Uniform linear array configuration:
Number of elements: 12
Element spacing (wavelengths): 1
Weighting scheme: uniform
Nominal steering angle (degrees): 60
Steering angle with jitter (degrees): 59.663
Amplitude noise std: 0.05
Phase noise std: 0.05

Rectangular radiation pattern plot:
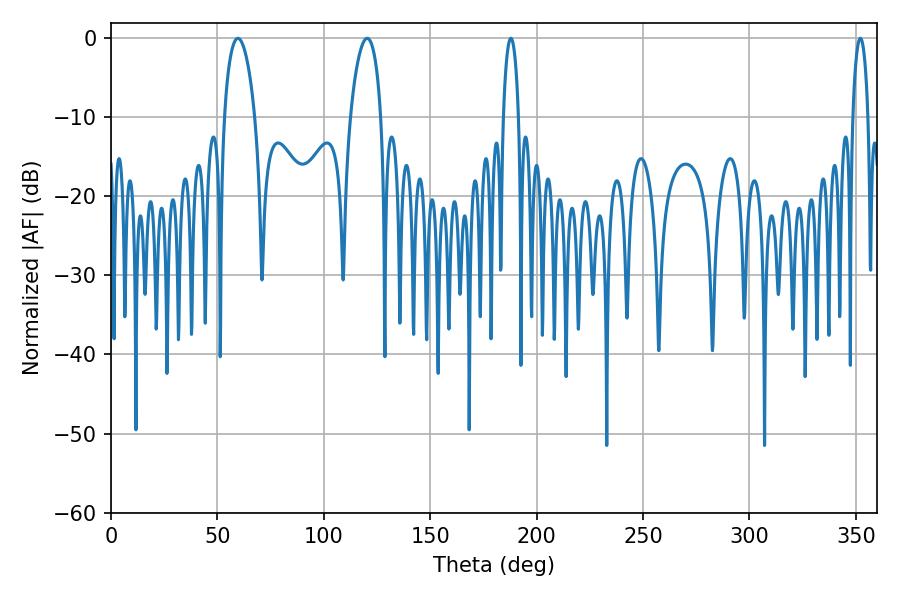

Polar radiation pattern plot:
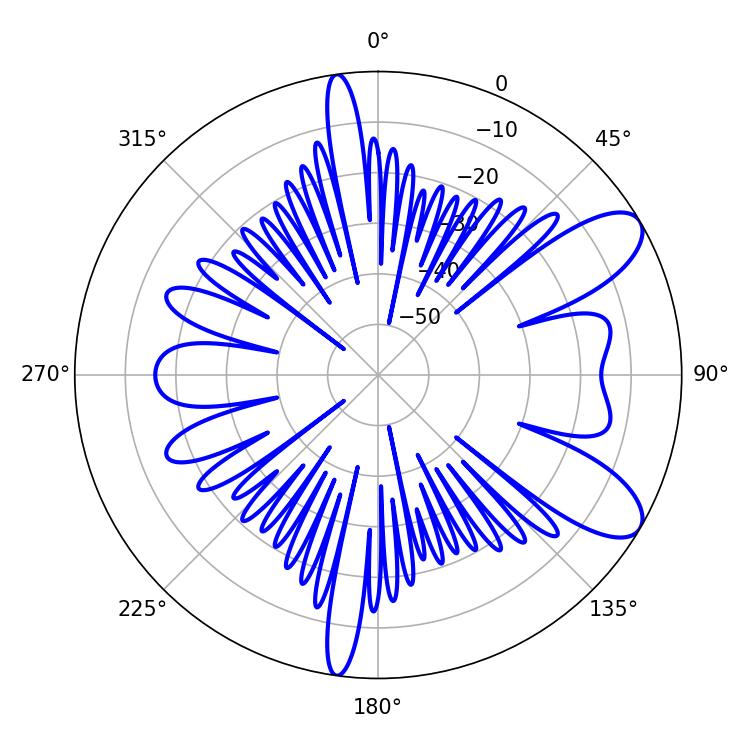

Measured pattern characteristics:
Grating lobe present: TRUE
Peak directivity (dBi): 9.057
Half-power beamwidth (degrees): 8.1
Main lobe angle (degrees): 59.58